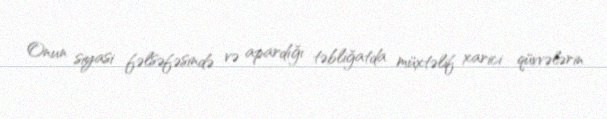
Onun siyasi fəlsəfəsində və apardığı təbliğatda müxtəlif xarici qüvvələrin